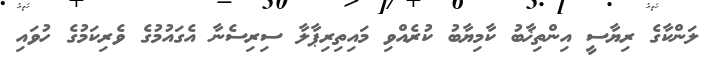
ލަންކާގެ ރިޔާސީ އިންތިޚާބު ކާމިޔާބު ކުރެއްވި މައިތިރިޕާލާ ސިރިސެނާ އެގައުމުގެ ވެރިކަމުގެ ހުވައި